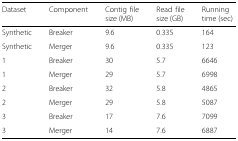
| Dataset | Component | Contig file size (MB) | Read file size (GB) | Running time (sec) |
 | --- | --- | --- | --- | --- |
 | Synthetic | Breaker | 9.6 | 0.335 | 164 |
 | Synthetic | Merger | 9.6 | 0.335 | 123 |
 | 1 | Breaker | 30 | 5.7 | 6646 |
 | 1 | Merger | 29 | 5.7 | 6998 |
 | 2 | Breaker | 32 | 5.8 | 4865 |
 | 2 | Merger | 29 | 5.8 | 5087 |
 | 3 | Breaker | 17 | 7.6 | 7099 |
 | 3 | Merger | 14 | 7.6 | 6887 |